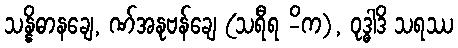
သန္နိဓာနချေ, ဏ်အနုဗန်ချေ (သရီရ -ိက), ဝုဒ္ဓါဒိ သရဿ